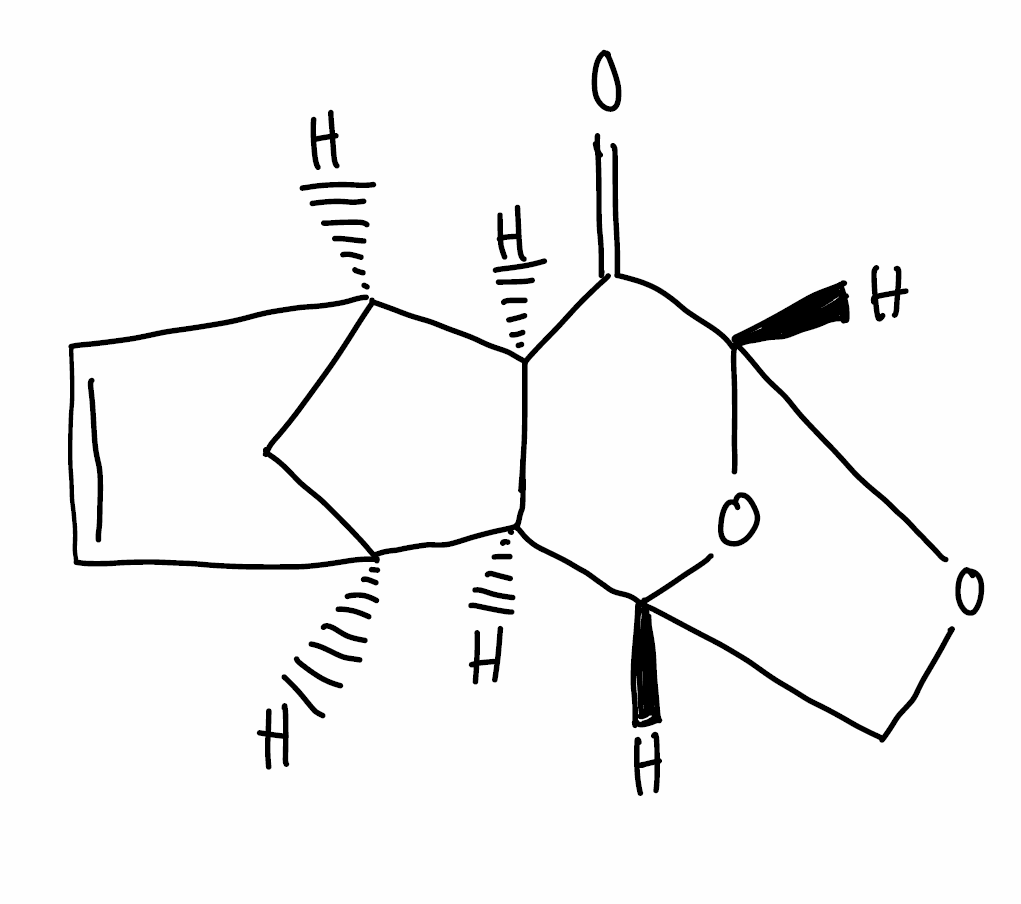
Simplified molecular-input line-entry system (SMILES) notation of the given molecule:
C1[C@@H]2C=C[C@H]1[C@@H]3[C@H]2[C@H]4CO[C@@H](C3=O)O4